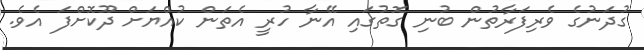
ގުދަނުގެ ވެރިފަރާތުން ބުނި ގޮތުގައި އޭނާ ހުރީ އެތަން ކުއްޔަށް ދޫކޮށްފަ އެވެ.